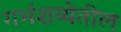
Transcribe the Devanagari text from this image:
गर्भशय्येतील